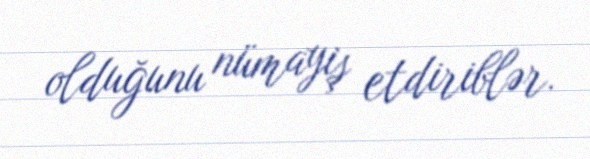
olduğunu nümayiş etdiriblər.